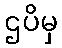
ဌပိမှ